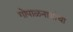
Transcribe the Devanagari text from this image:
गोपाळनाथांचा